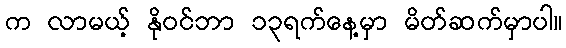
က လာမယ့် နိုဝင်ဘာ ၁၃ရက်နေ့မှာ မိတ်ဆက်မှာပါ။